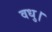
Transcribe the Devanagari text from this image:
वधु।